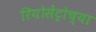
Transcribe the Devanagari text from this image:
रियोसेंट्रोच्या